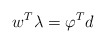
\begin{align*}w^{T}\lambda=\varphi^{T}d \end{align*}